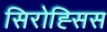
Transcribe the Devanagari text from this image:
सिरोह्सिस